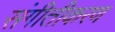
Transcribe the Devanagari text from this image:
संगीतीकरण